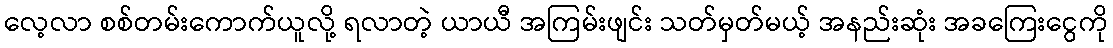
လေ့လာ စစ်တမ်းကောက်ယူလို့ ရလာတဲ့ ယာယီ အကြမ်းဖျင်း သတ်မှတ်မယ့် အနည်းဆုံး အခကြေးငွေကို